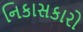
નિકાસકારો